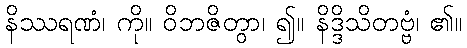
နိဿရဏံ၊ ကို။ ဝိဘဇိတွာ၊ ၍။ နိဒ္ဒိသိတဗ္ဗံ၊ ၏။